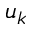
u _ { k }